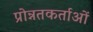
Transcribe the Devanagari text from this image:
प्रोन्नतकर्ताओं